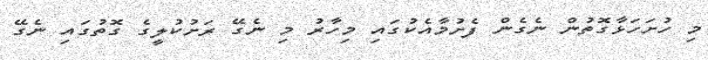
މި ހުށަހަޅާގޮތުން ނެގެން ފެށުމާއެކުގައި މިހާރު މި ނެގޭ ރަށުކުލީގެ ގޮތުގައި ނެގޭ